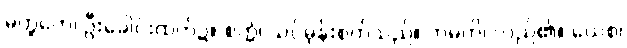
မတ္ထကေ၊ ဦးခေါင်းထက်၌။ စက္ကံ၊ သင်ဓုန်းစက်သည်။ ဘမတိ၊ လည်၏။ ယေစ၊